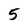
Character: 5